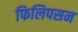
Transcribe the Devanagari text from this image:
फिलिपसन